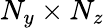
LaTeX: N_{y}\times N_{z}